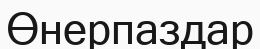
Өнерпаздар